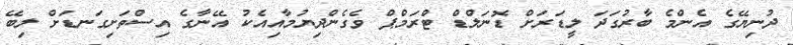
ދުނިޔޭގެ އެންމެ ބާރުގަދަ ލީޑަރަށް ޑޮނަލްޑް ޓްރަމްޕް ވެގެންދިޔުމާއިއެކު އޭނާގެ އިސްތަށިގަނޑަށް ލިބޭ